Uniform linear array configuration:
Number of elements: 32
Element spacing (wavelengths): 0.25
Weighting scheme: uniform
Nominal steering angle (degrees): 30
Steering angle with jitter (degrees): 30.99
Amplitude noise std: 0.05
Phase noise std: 0.05

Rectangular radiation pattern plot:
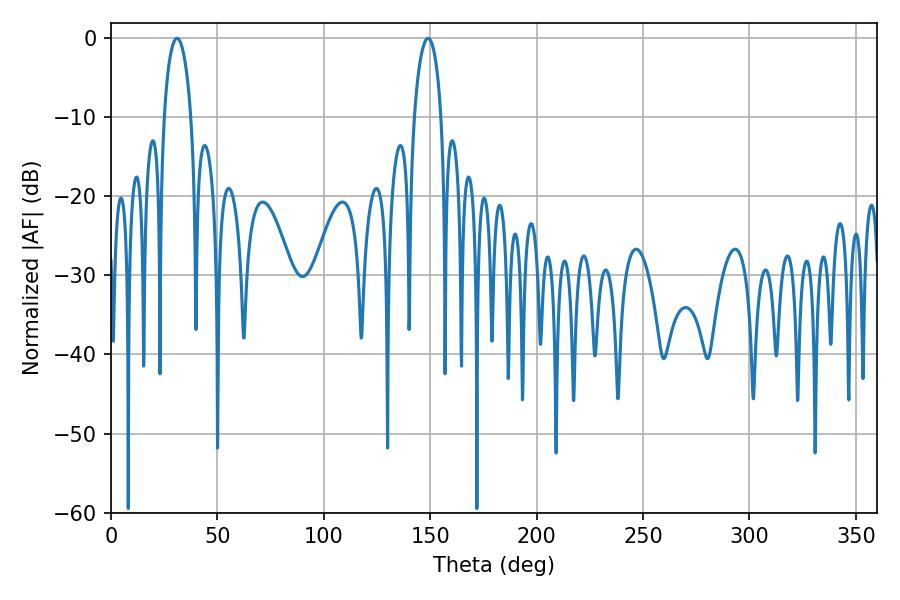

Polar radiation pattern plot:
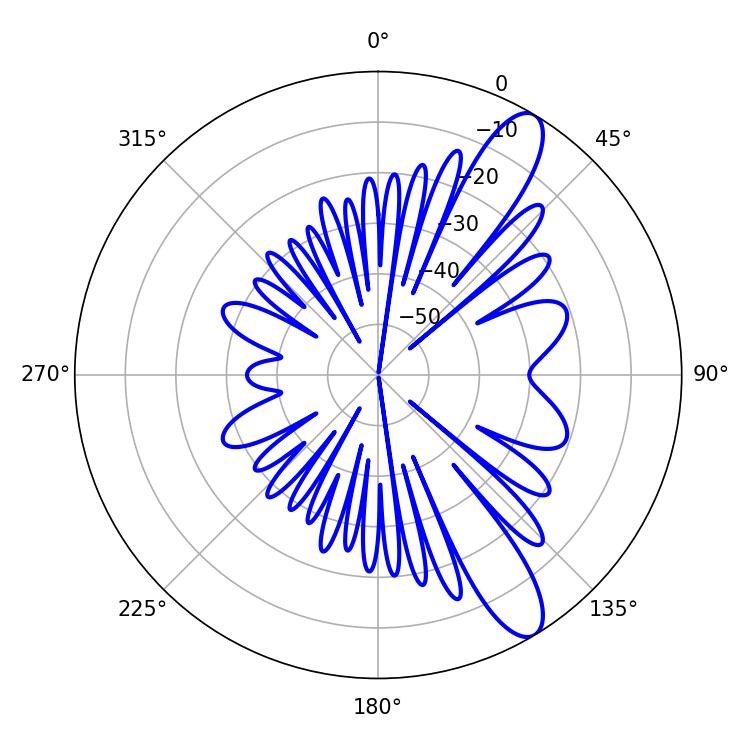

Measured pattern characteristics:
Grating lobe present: FALSE
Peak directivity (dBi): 11.273
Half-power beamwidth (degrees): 7.2
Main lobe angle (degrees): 30.96